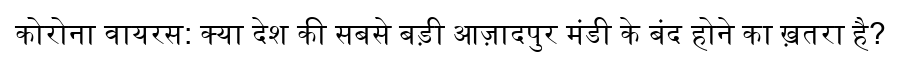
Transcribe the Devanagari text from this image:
कोरोना वायरस: क्या देश की सबसे बड़ी आज़ादपुर मंडी के बंद होने का ख़तरा है?